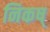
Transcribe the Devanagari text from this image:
निकष्